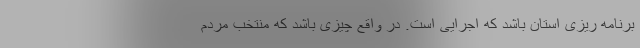
برنامه ریزی استان باشد که اجرایی است. در واقع چیزی باشد که منتخب مردم